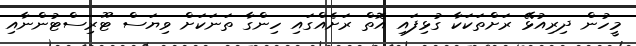
މީހުން ދިރިއުޅޭ ރަށްތަކަކާ ގުޅިފައި އޮތް ރަށެއްގައި ހިންގާ ތަނަކަށް ވިޔަސް ޓޫރިސްޓުންނާއި